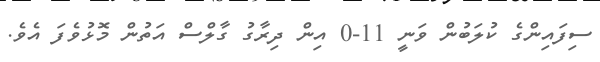
ސިފައިންގެ ކުލަބުން ވަނީ 11-0 އިން ދިރާގު ގާލްސް އަތުން މޮޅުވެފަ އެވެ.